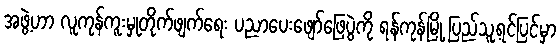
အဖွဲ့ဟာ လူကုန်ကူးမှုတိုက်ဖျက်ရေး ပညာပေးဖျော်ဖြေပွဲကို ရန်ကုန်မြို့ ပြည်သူ့ရင်ပြင်မှာ